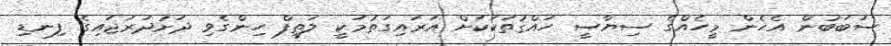
ސަބަބުން އެހެން މީހެއްގެ ސިޔާސީ ހައްޤުތަކަކަށް އަރައިގަތުމަކީ ލަތީފް ހިންގެވި ދަށުދަރަޖައިގެ ފިނޑި